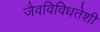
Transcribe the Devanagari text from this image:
जैवविविधतेशी